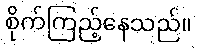
စိုက်ကြည့်နေသည်။